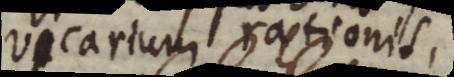
vicarium rationis,